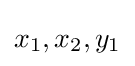
x_{1},x_{2},y_{1}